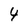
Character: 4